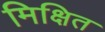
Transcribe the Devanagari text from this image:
मिक्षित